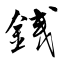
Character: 銭